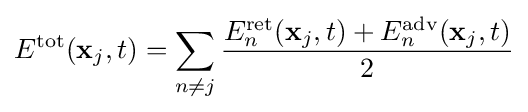
E^{\text{tot}}(\mathbf {x} _{j},t)=\sum _{n\neq j}{\frac {E_{n}^{\text{ret}}(\mathbf {x} _{j},t)+E_{n}^{\text{adv}}(\mathbf {x} _{j},t)}{2}}